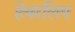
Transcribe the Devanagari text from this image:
हेयरलिप